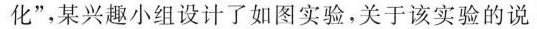
化”，某兴趣小组设计了如图实验，关于该实验的说